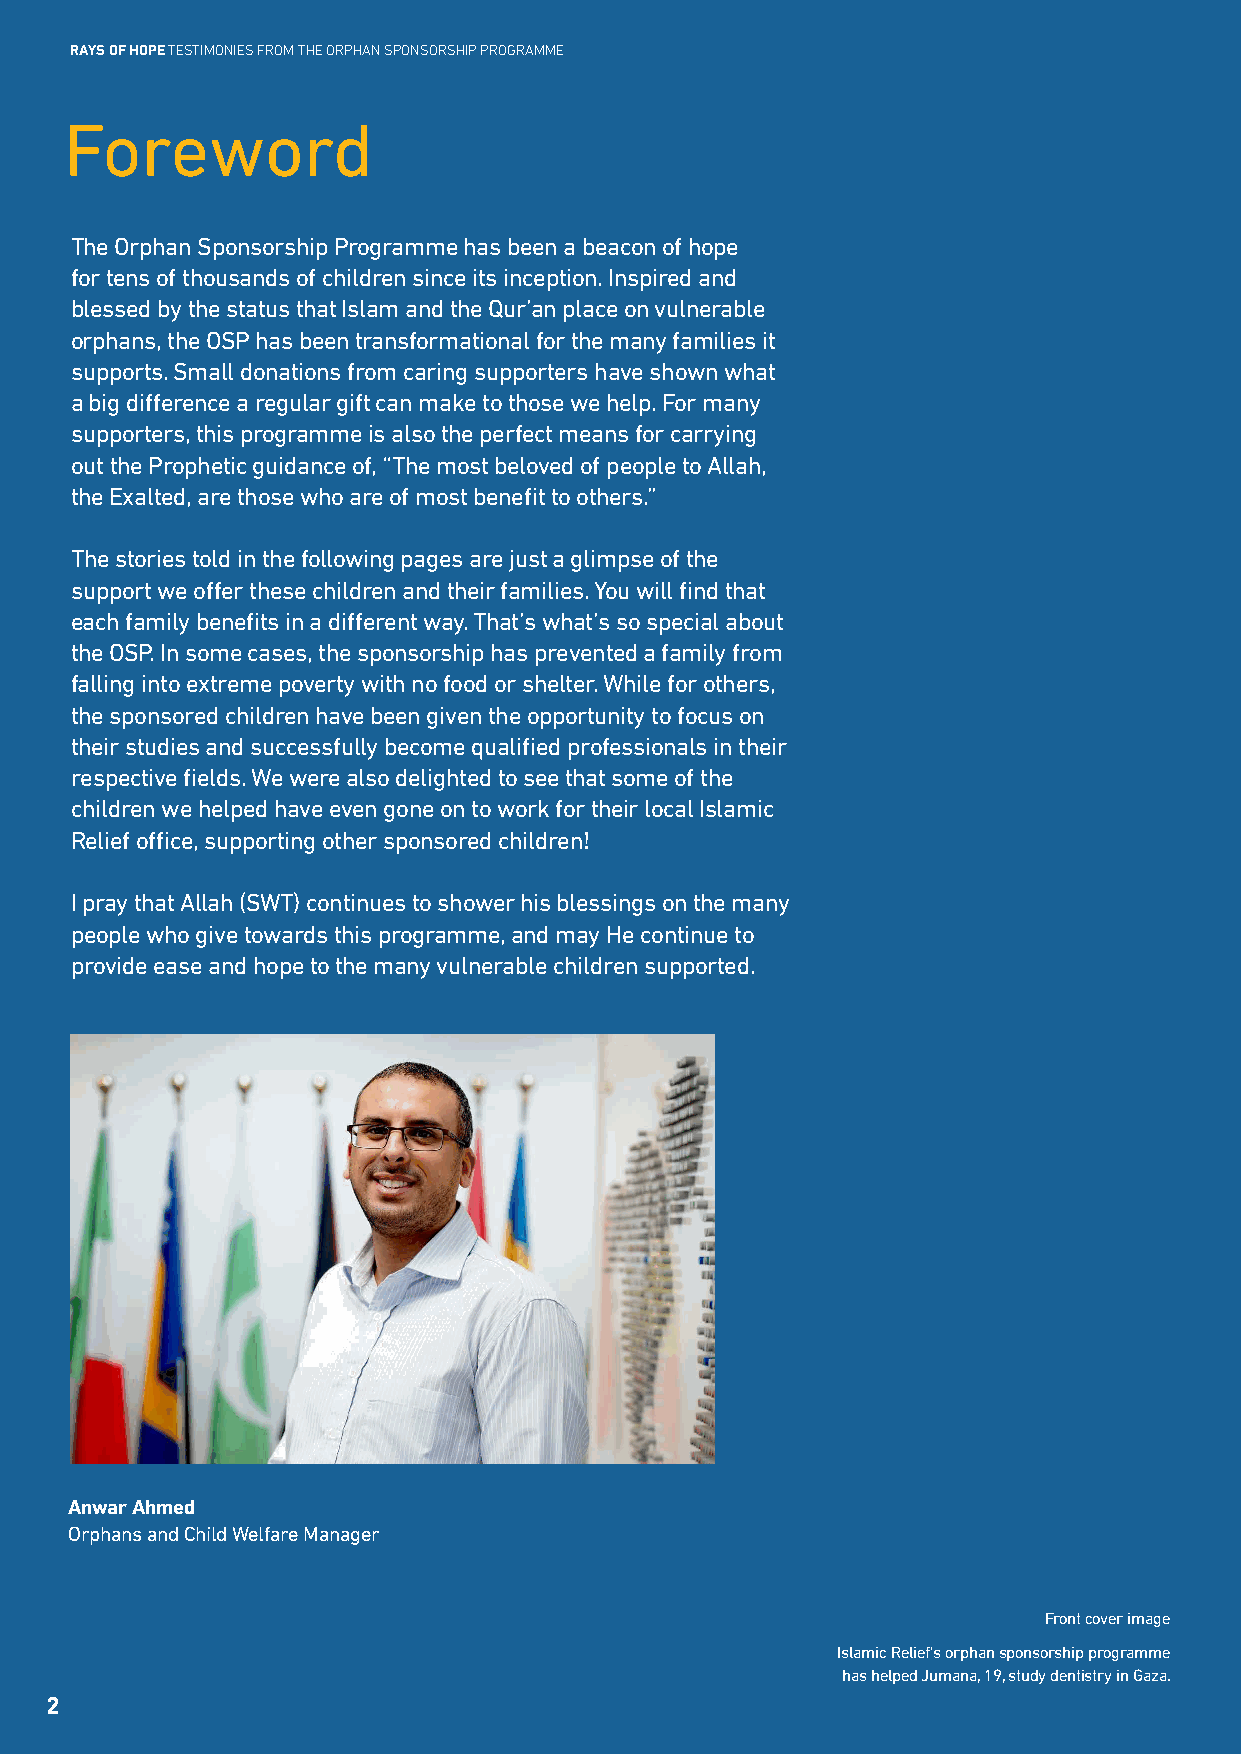
RAYS OF HOPE TESTIMONIES FROM THE ORPHAN SPONSORSHIP PROGRAMME
 Foreword
 The Orphan Sponsorship Programme has been a beacon of hope
 for tens of thousands of children since its inception. Inspired and
 blessed by the status that Islam and the Qur’an place on vulnerable
 orphans, the OSP has been transformational for the many families it
 supports. Small donations from caring supporters have shown what
 a big difference a regular gift can make to those we help. For many
 supporters, this programme is also the perfect means for carrying
 out the Prophetic guidance of, “The most beloved of people to Allah,
 the Exalted, are those who are of most benefit to others.”
 The stories told in the following pages are just a glimpse of the
 support we offer these children and their families. You will find that
 each family benefits in a different way. That’s what’s so special about
 the OSP. In some cases, the sponsorship has prevented a family from
 falling into extreme poverty with no food or shelter. While for others,
 the sponsored children have been given the opportunity to focus on
 their studies and successfully become qualified professionals in their
 respective fields. We were also delighted to see that some of the
 children we helped have even gone on to work for their local Islamic
 Relief office, supporting other sponsored children!
 I pray that Allah (SWT) continues to shower his blessings on the many
 people who give towards this programme, and may He continue to
 provide ease and hope to the many vulnerable children supported.
 Anwar Ahmed
 Orphans and Child Welfare Manager
 Front cover image
 Islamic Relief’s orphan sponsorship programme
 has helped Jumana, 19, study dentistry in Gaza.
 2